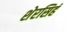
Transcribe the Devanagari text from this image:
शेरसिहं